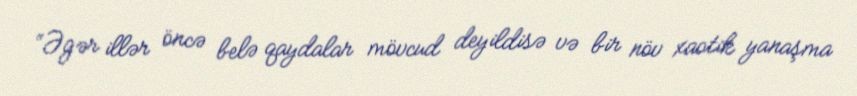
“Əgər illər öncə belə qaydalar mövcud deyildisə və bir növ xaotik yanaşma